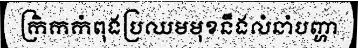
ក្រិកកំពុងប្រឈមមុខនឹងលំនាំបញ្ហា